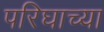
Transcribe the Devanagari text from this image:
परिघाच्या